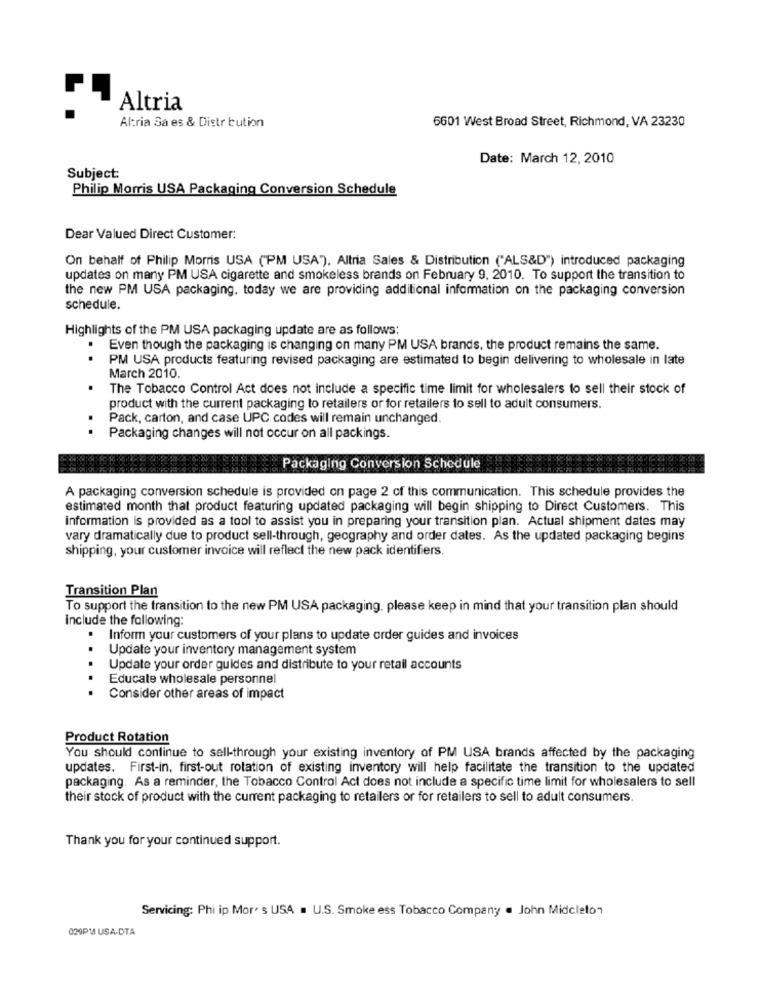
Altria
Altria Sa es & Distribution
6601 West Broad Street, Richmond, VA 23230
Date: March 12, 2010
Subject:
Philip Morris USA Packaging Conversion Schedule
Dear Valued Direct Customer:
On behalf of Philip Morris USA (PM USA"). Altria Sales & Distribution ("ALS&D") introduced packaging
updates on many PM USA cigarette and smokeless brands on February 9, 2010. To support the transition to
the new PM USA packaging, today we are providing additional information on the packaging conversion
schedule.
Highlights of the PM USA packaging update are as follows:
Even though the packaging is changing on many PM USA brands, the product remains the same.
PM USA products featuring revised packaging are estimated to begin delivering to wholesale in late
..
March 2010.
The Tobacco Control Act does not include a specific time limit for wholesalers to sell their stock of
product with the current packaging to retailers or for retailers to sell to adult consumers.
Pack, carton, and case UPC codes will remain unchanged.
Packaging changes will not occur on all packings.
Packaging Conversion Schedule
A packaging conversion schedule is provided on page 2 of this communication. This schedule provides the
estimated month that product featuring updated packaging will begin shipping to Direct Customers. This
information is provided as a tool to assist you in preparing your transition plan. Actual shipment dates may
vary dramatically due to product sell-through, geography and order dates. As the updated packaging begins
shipping, your customer invoice will reflect the new pack identifiers.
Transition Plan
To support the transition to the new PM USA packaging, please keep in mind that your transition plan should
include the following:
Inform your customers of your plans to update order guides and invoices
Update your inventory management system
..
Update your order guides and distribute to your retail accounts
Educate wholesale personnel
..
Consider other areas of impact
Product Rotation
You should continue to sell-through your existing inventory of PM USA brands affected by the packaging
updates. First-in, first-out rotation of existing inventory will help facilitate the transition to the updated
packaging. As a reminder, the Tobacco Control Act does not include a specific time limit for wholesalers to sell
their stock of product with the current packaging to retailers or for retailers to sell to adult consumers.
Thank you for your continued support.
Servicing: Phi ip Mor's USA . U.S. Smoke ess Tobacco Company . John Midcleto"
029PM USA-DTA